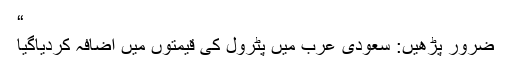
“
ضرور پڑھیں: سعودی عرب میں پٹرول کی قیمتوں میں اضافہ کردیاگیا